Civil Veterinary Dept. Bombay admin report 1923-31 - 1923-1931
Year: 1923
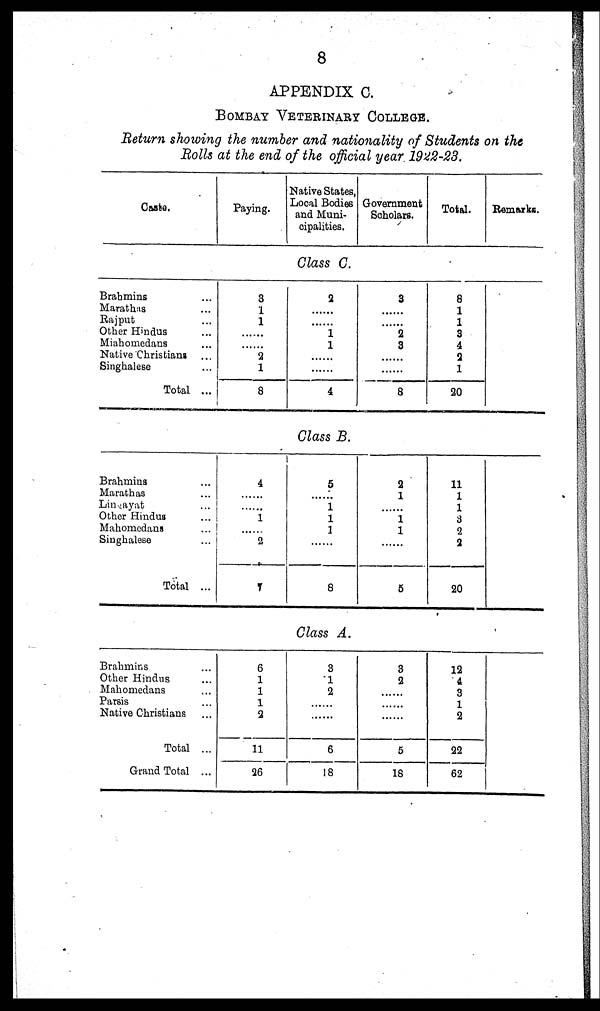
8
APPENDIX C.
BOMBAY VETERINARY COLLEGE.
Return showing the number and nationality of Students on the
Bolls at the end of the official year 1922-23.
Caste.
Paying.
Native States,
Local Bodies
and Muni-
cipalities.
Government
Scholars.
Total.
Remarks.
Class C.
Brahmins ...
Marathas ...
Rajput ...
Other Hindus ...
Miahomedans ...
Native Christiana ...
Singhalese ...
Total ...
3
1
1
......
......
2
1
8
2
......
......
1
1
......
......
4
3
......
......
2
3
......
......
8
8
1
1
3
4
2
1
20
Class B.
Brahmins ...
Marathas ...
Lingayat ...
Other Hindus ...
Mahomedans ...
Singhalese ...
Total ...
4
......
......
1
......
2
7
5
......
1 1
1
......
8
2
1
......
1
1
......
5
11
1
1
3
2
2
20
Class A.
Brahmins ...
Other Hindus ...
Mahomedans ...
Parsis ...
Native Christians ...
Total ...
Grand Total ...
6
1
1
1
2
11
26
3
1
2
......
......
6
18
3
2
......
......
......
5
18
12
4
3
1
2
22
62